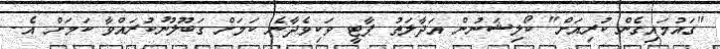
"ގައުމައިގެން ކުރިއަށް" ކޯލިޝަނުން އަދާލަތު ޕާޓީ ވަކިވެދާނެ ކަމަށް ގަބޫލުނުކުރައްވާ ކަމަށް އެ..